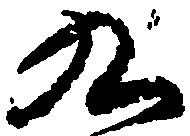
九